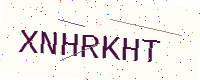
Text: XNHRKHT